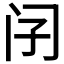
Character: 𨸀